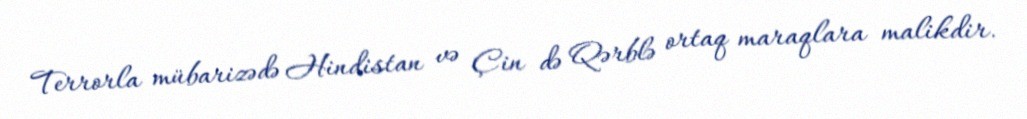
Terrorla mübarizədə Hindistan və Çin də Qərblə ortaq maraqlara malikdir.